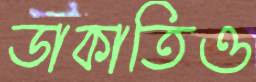
ডাকাতিও